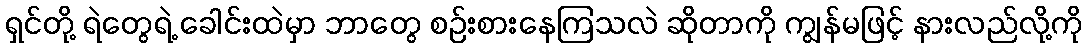
ရှင်တို့ ရဲတွေရဲ့ ခေါင်းထဲမှာ ဘာတွေ စဉ်းစားနေကြသလဲ ဆိုတာကို ကျွန်မဖြင့် နားလည်လို့ကို